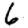
Digit: 6